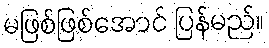
မဖြစ်ဖြစ်အောင် ပြန်မည်။